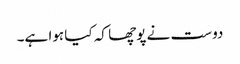
دوست نے پوچھا کہ کیا ہوا ہے۔